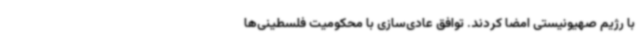
با رژیم صهیونیستی امضا کردند. توافق عادی‌سازی با محکومیت فلسطینی‌ها